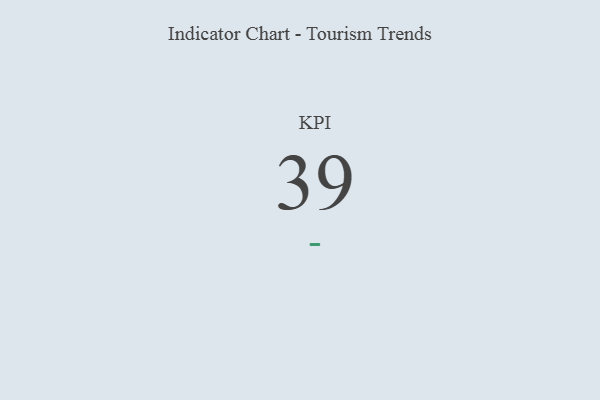
{"axis": {"x": "KPI", "y": "Value"}, "legend": [""], "data": [{"x": "KPI", "y": 39, "type": ""}]}